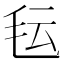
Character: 𬆽